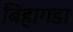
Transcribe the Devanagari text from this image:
बिहागडा